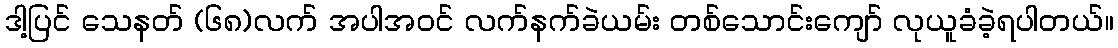
ဒါ့ပြင် သေနတ် (၆၈)လက် အပါအဝင် လက်နက်ခဲယမ်း တစ်သောင်းကျော် လုယူခံခဲ့ရပါတယ်။